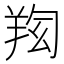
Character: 𦍿